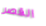
القصر